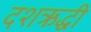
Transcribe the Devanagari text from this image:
दशऋद्धी